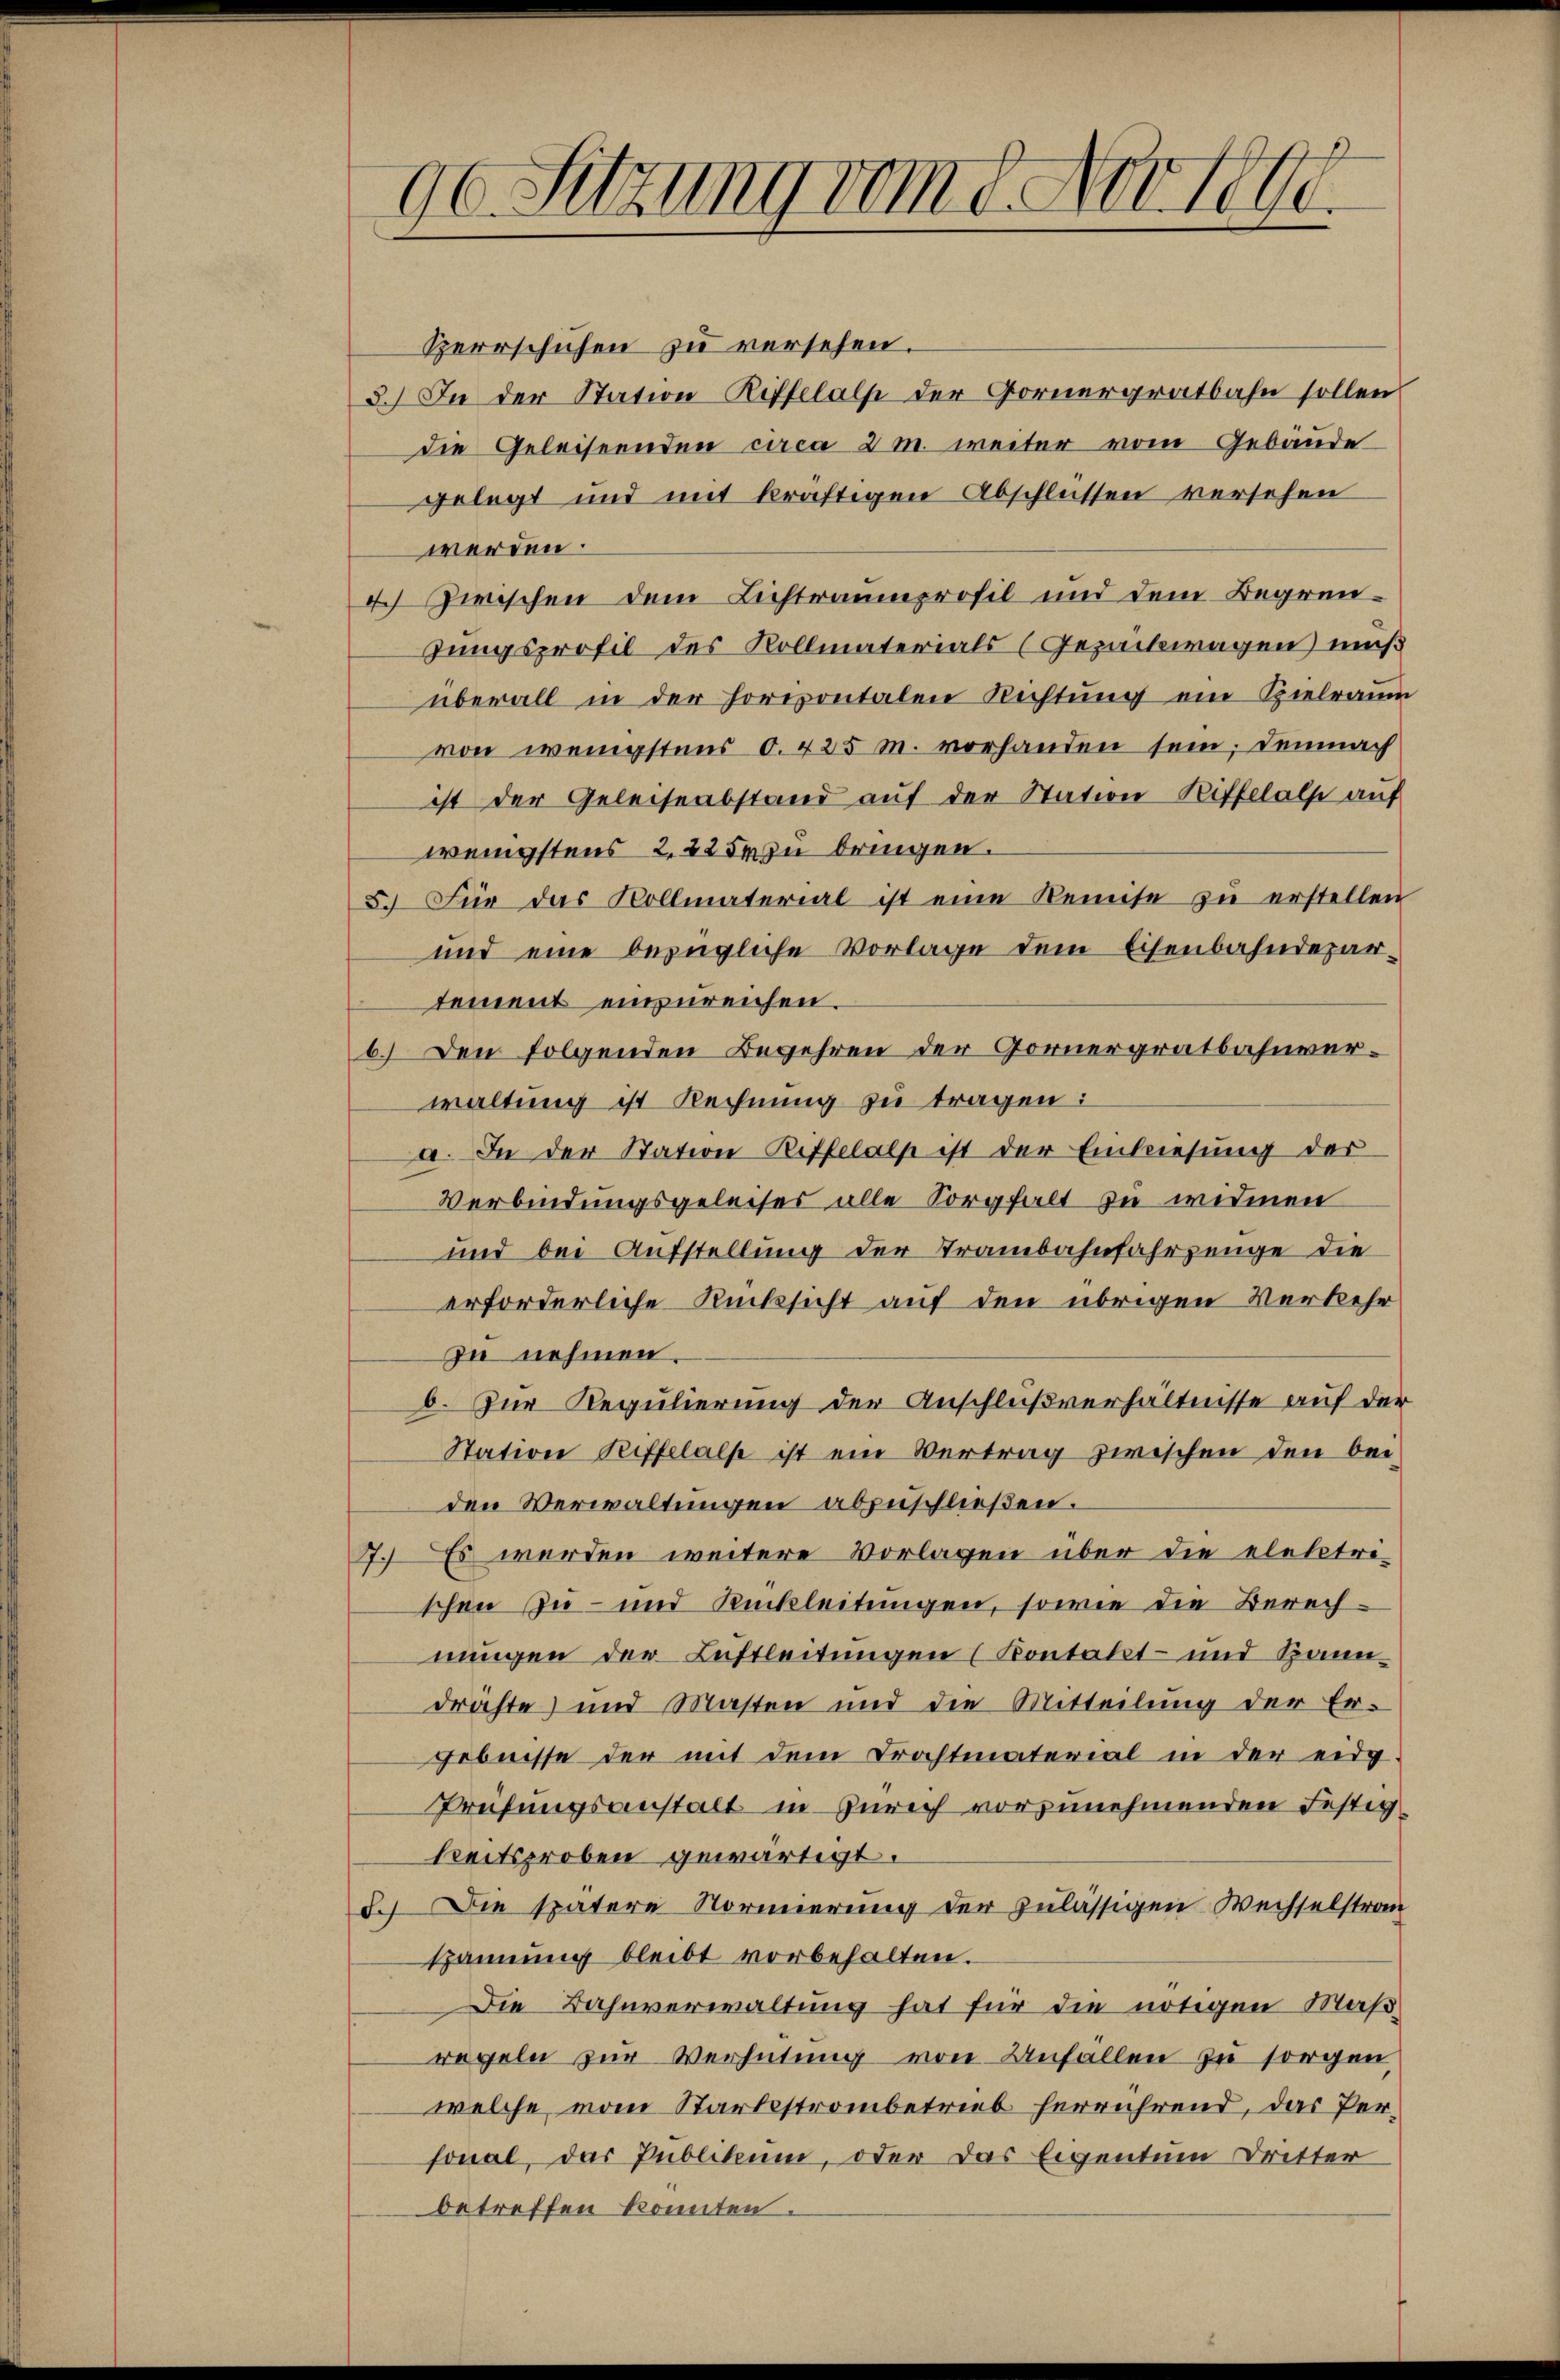
ge Sitzung vom 8. Novbr.

Herrschuhen zu versehen.
3.) In der Station Rittelalp der Gornergratbahn sollen
die Geleiseenden circa 2 m weiter vom Gebäude
gelegt und mit kräftigen Abschlüssen versehen
werden.
4. Zwischen dem Lichtraumprofil und dem Begrüntungsprofil des Kollmaterials (Gezackwagen muß
überall in der horizontalen Richtung ein Spielraum
von wenigstens 0. 425 M. vorhanden sein; demnach
ist der Geleiseabstand aŭf der Station Riffelalp auf
wenigstens 2. 225 zu bringen.
5. Für das Kollmaterial ist eine Remise zŭ erstellen
und eine bezügliche Vorlage dem Eisenbahndepar-
tement einzureichen.
b.) Den folgenden Begehren der Gornergratbahnverwaltung ist Rechnung zu tragen:
a. In der Station Rittelalp ist der Einkiesung der
Verbindungsgeleises alle Sorgfalt zu widmen
und bei Aufstellung der Trambahnfahrzeuge die
erforderliche Rücksicht auf den übrigen Verkehr
zu nehmen.
b. Zur Regulierung der Anschlußverhältnisse auf der
Station Riffelals ist ein Vertrag zwischen den bei-
den Verwaltungen abzuschließen.
7. Es werden weitere Vorlagen über die elektri-
schen Zu- und Rückleitungen, sowie die Berechnungen der Luftleitungen (Kontakt- und Spanndrachte) und Masten und die Mitteilung der Er-
gebnisse der mit dem Trachtmaterial in der eidg.
Prüfungsanstalt in Zürich vorzunehmenden Festigkeitsproben gewärtigt.
d.) Die spätere Normierung der zulässigen Wechselstran
spannung bleibt vorbehalten.
Die Bahnverwaltung hat für die nötigen Maßregeln zur Verhütung von Unfällen zu sorgen,
welche vom Starbestrombetrieb herrührend, das Personal, das Publikum, oder das Eigentum Dritter
betreffen konnten.